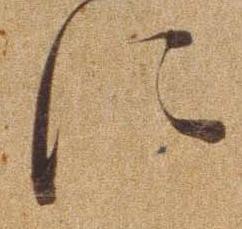
に